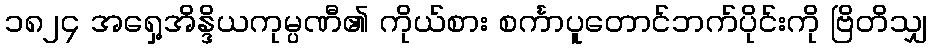
၁၈၂၄ အရှေ့အိန္ဒိယကုမ္ပဏီ၏ ကိုယ်စား စင်္ကာပူတောင်ဘက်ပိုင်းကို ဗြိတိသျှ